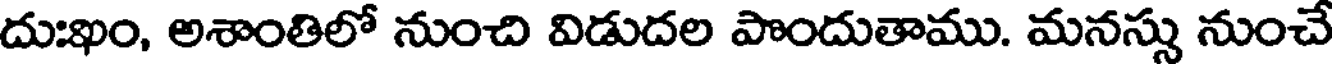
దుఃఖం, అశాంతిలో నుంచి విడుదల పొందుతాము. మనస్సు నుంచే